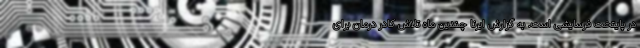
در پایتخت فرسایشی است. به گزارش ایرنا چندین ماه تلاش کادر درمان برای